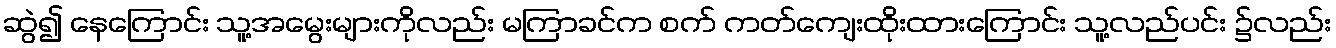
ဆွဲ၍ နေကြောင်း သူ့အမွေးများကိုလည်း မကြာခင်က စက် ကတ်ကျေးထိုးထားကြောင်း သူ့လည်ပင်း ၌လည်း